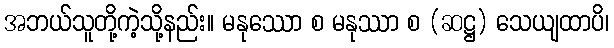
အဘယ်သူတို့ကဲ့သို့နည်း။ မနုဿော စ မနုဿာ စ (ဆဋ္ဌ) သေယျထာပိ၊